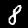
Label: 8